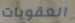
العقوبات